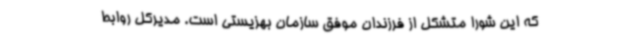
که این شورا متشکل از فرزندان موفق سازمان بهزیستی است. مدیرکل روابط